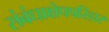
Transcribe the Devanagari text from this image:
संबंधाक्षेपपरिहार